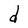
Character: d